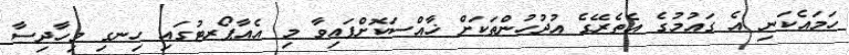
ހަމައެކަނި އެ ގައުމުގެ އެތެރޭގެ އުދުހުންތަކަށް ޚާއްސަކޮށްފައިވާ މި އެއާޕޯރޓުގައި ހިނގި މިހާދިސާ